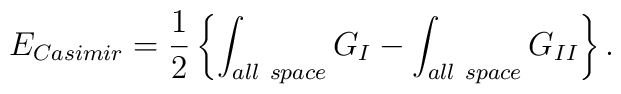
E_{\small Casimir} = {1\over2} \left\{ \int_{\small all~space} G_I -                   \int_{\small all~space} G_{II} \right\}.